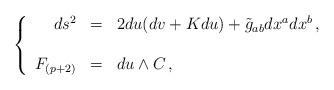
LaTeX: \begin{align*}\left\{ \begin{array}{rcl} ds^{2} & = & 2du(dv+Kdu)+\tilde{g}_{ab}dx^{a}dx^{b}\, , \\ \\ F_{(p+2)} & = & du\land C\, , \\ \end{array}\right.\end{align*}